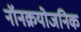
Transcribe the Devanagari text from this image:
नॉनक्रयोजनिक